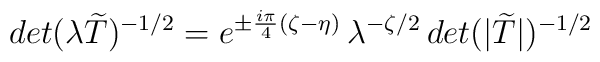
det(\lambda\widetilde{T})^{-1/2}=e^{\pm\frac{i\pi}{4}(\zeta-\eta)}\,\lambda^{-\zeta/2}\,det(|\widetilde{T}|)^{-1/2}